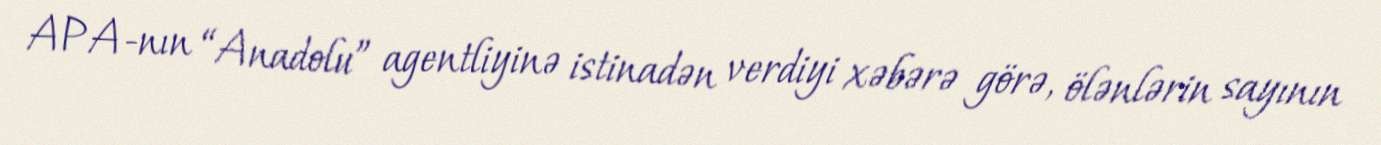
APA-nın “Anadolu” agentliyinə istinadən verdiyi xəbərə görə, ölənlərin sayının